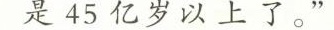
是45亿岁以上了。”